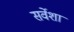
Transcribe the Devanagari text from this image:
सर्वेशा